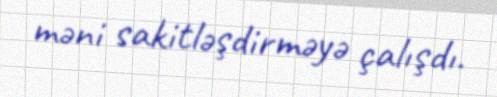
məni sakitləşdirməyə çalışdı.